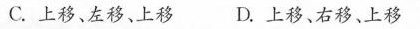
C.上移、左移、上移 D.上移、右移、上移